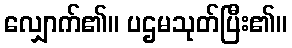
လျှောက်၏။ ပဌမသုတ်ပြီး၏။